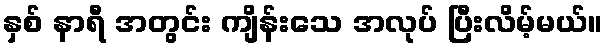
နှစ် နာရီ အတွင်း ကျိန်းသေ အလုပ် ပြီးလိမ့်မယ်။